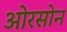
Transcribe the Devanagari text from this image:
ओरसोन